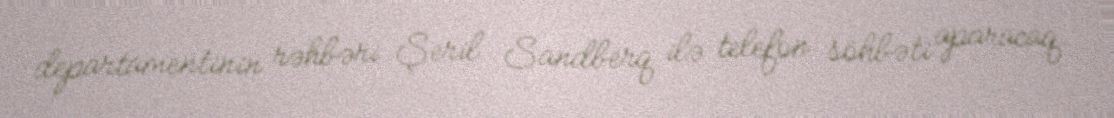
departamentinin rəhbəri Şeril Sandberq ilə telefon söhbəti aparacaq.